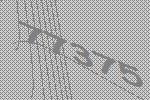
77375